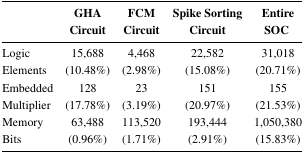
<table><thead><tr><td></td><td><b>GHACircuit</b></td><td><b>FCMCircuit</b></td><td><b>Spike SortingCircuit</b></td><td><b>EntireSOC</b></td></tr></thead><tbody><tr><td>Logic</td><td>15,688</td><td>4,468</td><td>22,582</td><td>31,018</td></tr><tr><td>Elements</td><td>(10.48%)</td><td>(2.98%)</td><td>(15.08%)</td><td>(20.71%)</td></tr><tr><td>Embedded</td><td>128</td><td>23</td><td>151</td><td>155</td></tr><tr><td>Multiplier</td><td>(17.78%)</td><td>(3.19%)</td><td>(20.97%)</td><td>(21.53%)</td></tr><tr><td>Memory</td><td>63,488</td><td>113,520</td><td>193,444</td><td>1,050,380</td></tr><tr><td>Bits</td><td>(0.96%)</td><td>(1.71%)</td><td>(2.91%)</td><td>(15.83%)</td></tr></tbody></table>